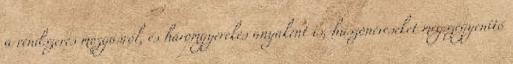
a rendszeres mozgásról, és háromgyerekes anyaként is, huszonéveseket megszégyenítő